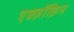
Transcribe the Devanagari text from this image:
एक्ज़ॉक्रिन